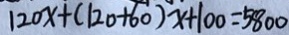
1 2 0 x + ( 1 2 0 + 6 0 ) x + 1 0 0 = 5 8 0 0